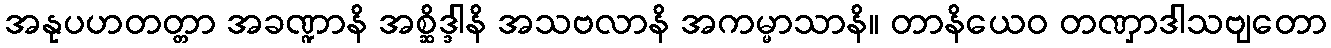
အနုပဟတတ္တာ အခဏ္ဍာနိ အစ္ဆိဒ္ဒါနိ အသဗလာနိ အကမ္မာသာနိ။ တာနိယေဝ တဏှာဒါသဗျတော